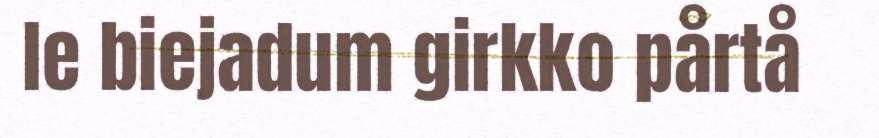
le biejadum girkko pårtå